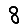
Digit: 8